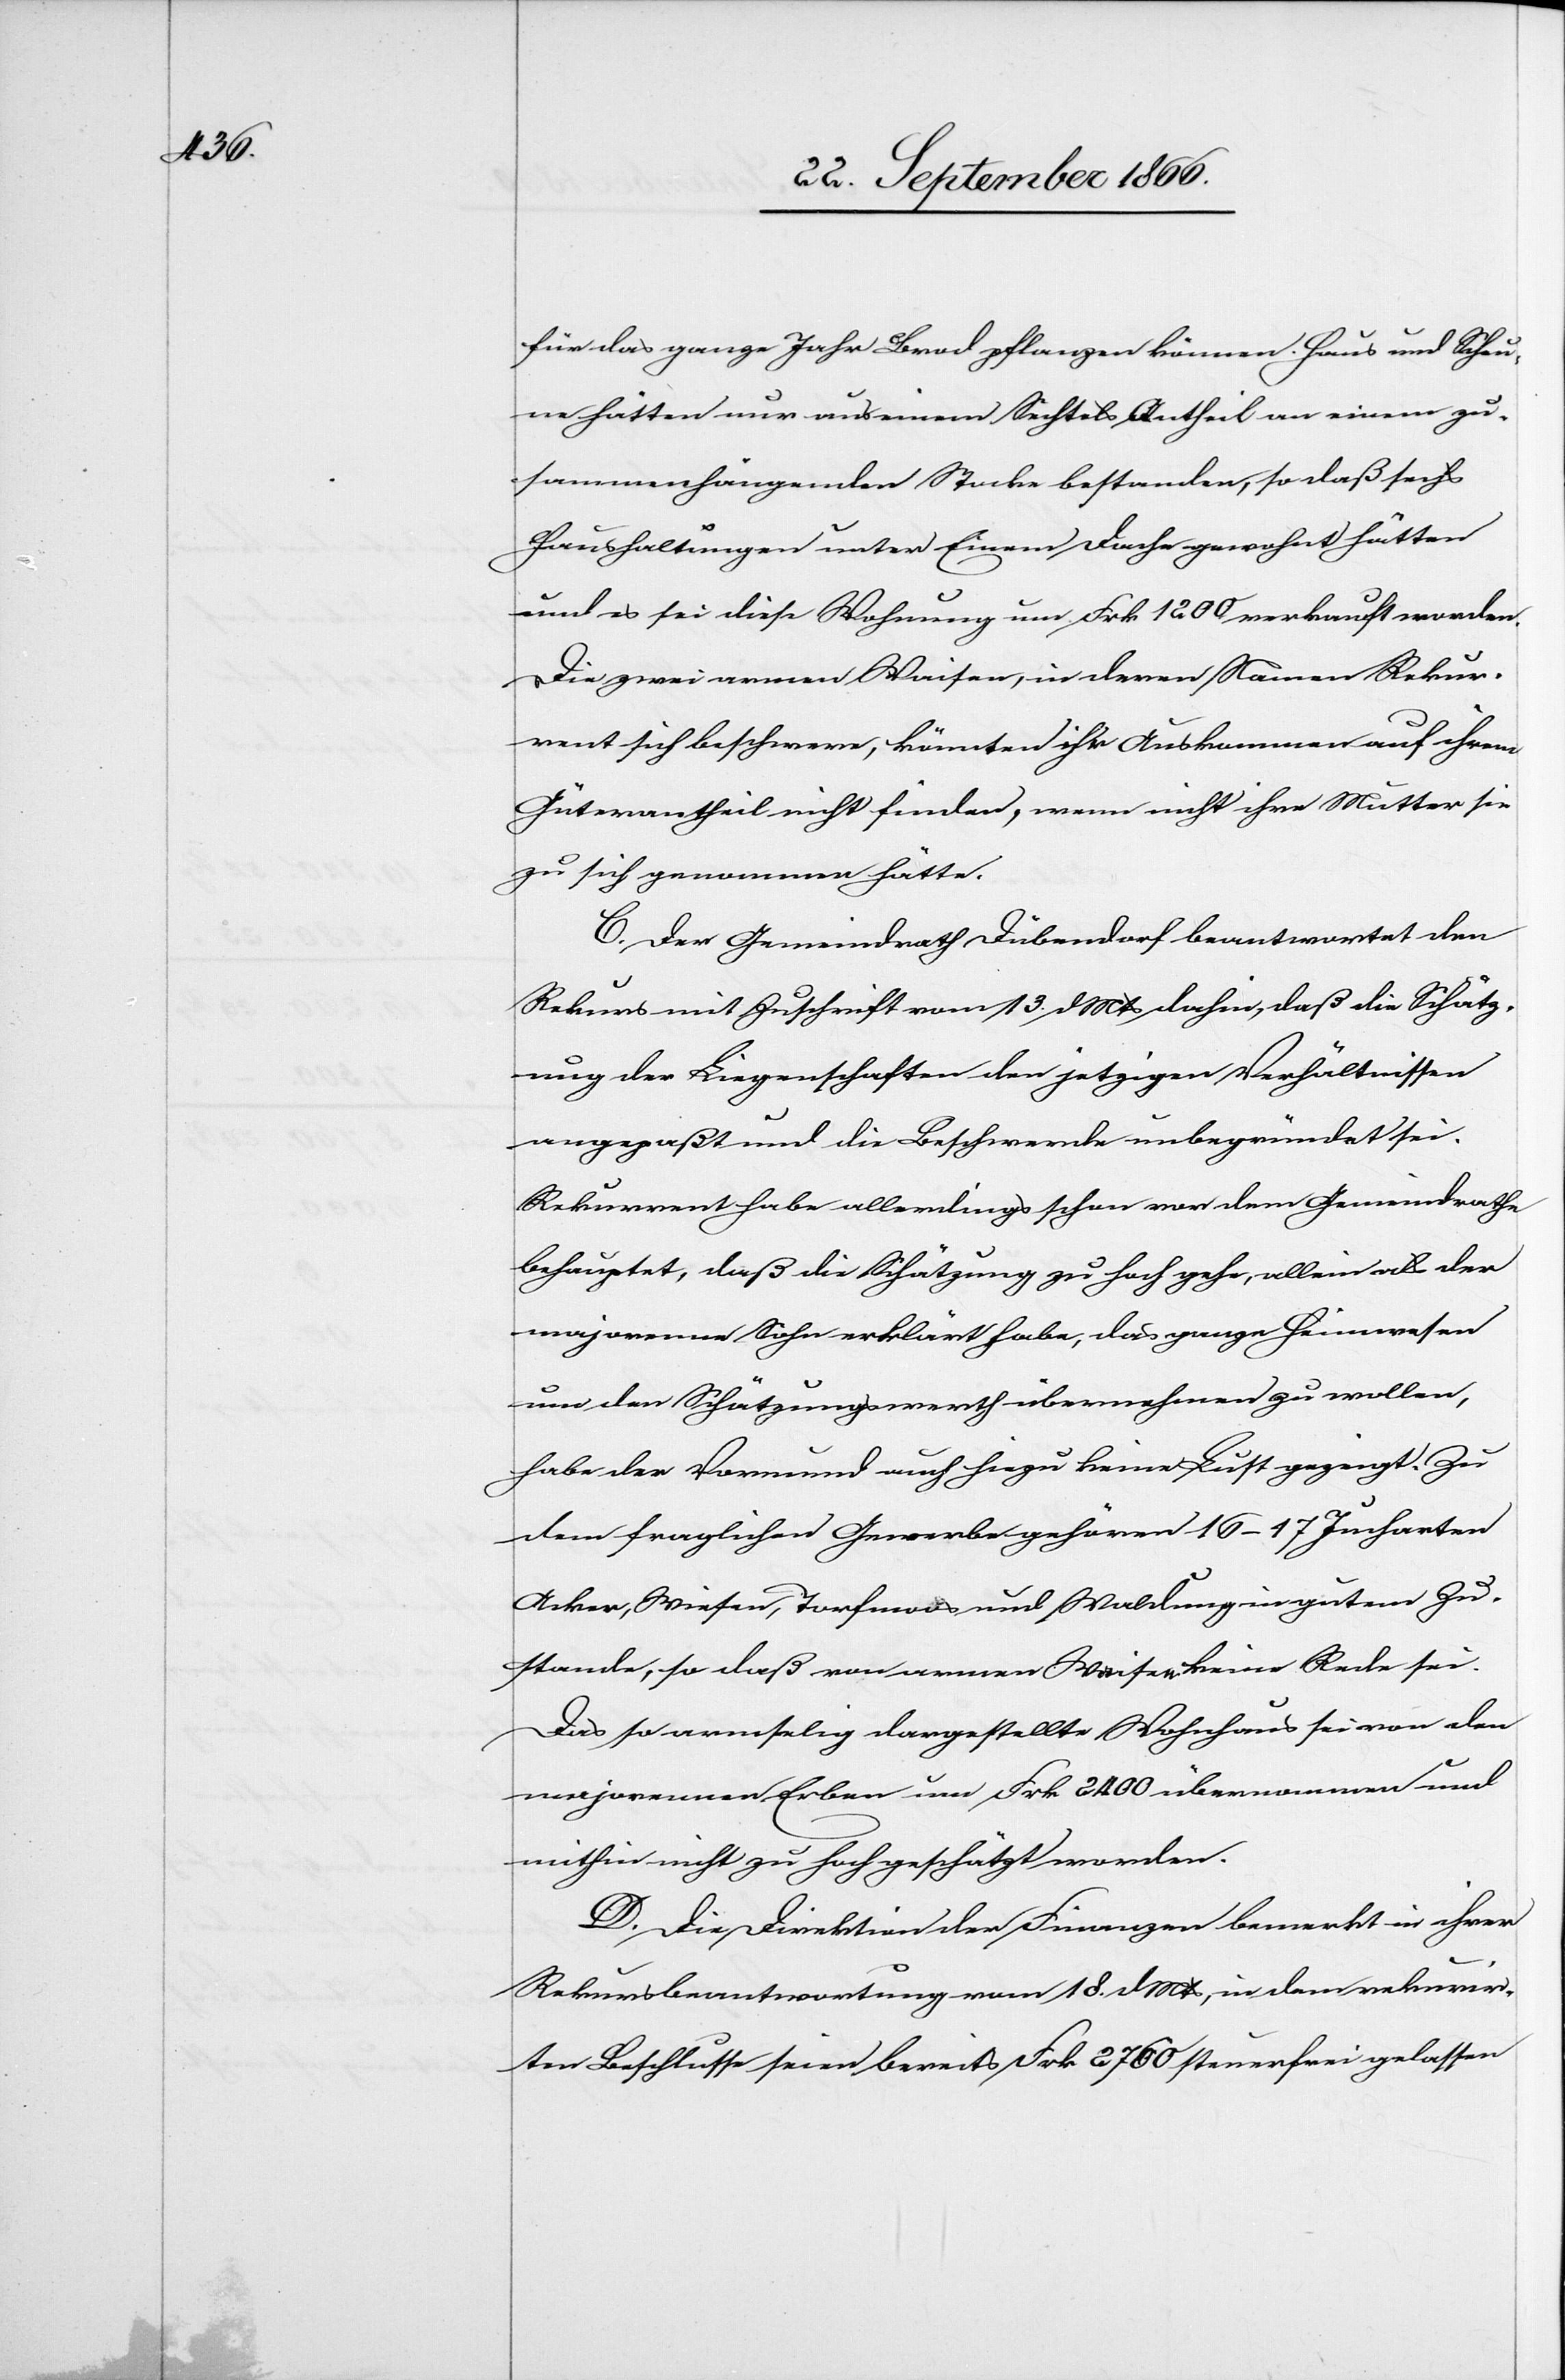
für das ganze Jahr Brod pflanzen können. Haus und Scheu¬
ne hätten nur aus einem Sechtels Antheil an einem zu¬
sammenhängenden Stocke bestanden, so daß sechs
Haushaltungen unter Einem Dache gewohnt hätten
und es sei diese Wohnung um Frk. 1200 verkauft worden.
Die zwei armen Waisen, in deren Namen Rekur¬
rent sich beschwere, könnten ihr Auskommen auf ihrem
Güterantheil nicht finden, wenn nicht ihre Mutter sie
zu sich genommen hätte.
C. Der Gemeindrath Dübendorf beantwortet den
Rekurs mit Zuschrift vom 13. dMts dahin, daß die Schätz¬
ung der Liegenschaft den jetzigen Verhältnissen
angepaßt und die Beschwerde unbegründet sei.
Rekurrent habe allerdings schon vor dem Gemeindrathe
behauptet, daß die Schätzung zu hoch gehe, allein als der
majorenere Sohn erklärt habe, das ganze Heimwesen
um den Schätzungswerth übermachen zu wollen,
habe der Vormund auch hiezu keine Lust gezeigt. Zu
dem fraglichen Gewerbe gehören 16–17 Jucharten
Acker, Wiesen, Torfmoor und Waldung in gutem Zu¬
stande, so daß von armen Waisen keine Rede sei.
Das so armselig dargestellte Wohnhaus sei von den
majorenen Erben um Frk. 2400 übernommen und
mithin nicht zu hoch geschätzt worden.
D. Die Direktion der Finanzen bemerkt in ihrer
Rekursbeantwortung vom 18. dMts, in dem rekurrir¬
ten Beschlusse seien bereits Frk. 2760 steuerfrei gelassen